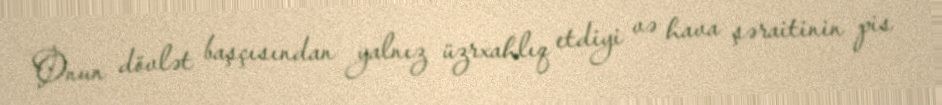
Onun dövlət başçısından yalnız üzrxahlıq etdiyi və hava şəraitinin pis